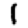
Digit: 1